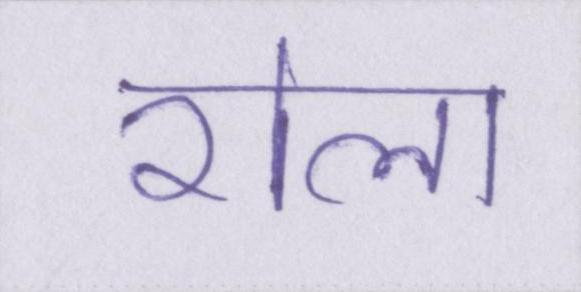
रोला